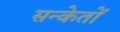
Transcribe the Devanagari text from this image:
सन्केतों